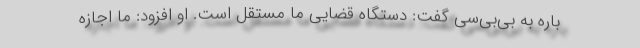
باره به بی‌بی‌سی گفت: دستگاه قضایی ما مستقل است. او افزود: ما اجازه